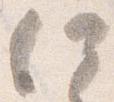
何